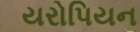
યરોપિયન